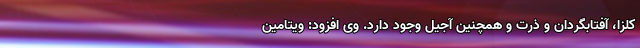
کلزا، آفتابگردان و ذرت و همچنین آجیل وجود دارد. وی افزود: ویتامین